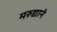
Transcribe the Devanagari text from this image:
मरुद्याने